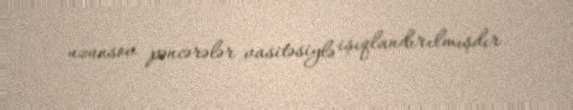
uzunsov pəncərələr vasitəsiylə işıqlandırılmışdır.